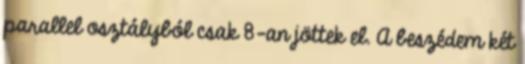
parallel osztályból csak 8-an jöttek el. A beszédem két